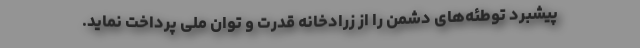
پیشبرد توطئه‌های دشمن را از زرادخانه قدرت و توان ملی پرداخت نماید.